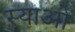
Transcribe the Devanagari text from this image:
स्याओं